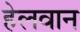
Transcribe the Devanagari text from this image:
हेलवान